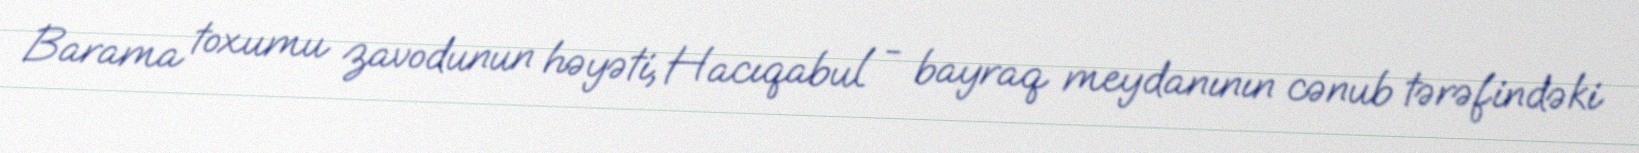
Barama toxumu zavodunun həyəti, Hacıqabul - bayraq meydanının cənub tərəfindəki